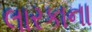
લારકાના